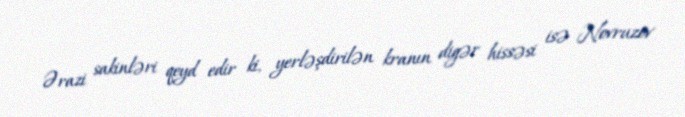
Ərazi sakinləri qeyd edir ki, yerləşdirilən kranın digər hissəsi isə Novruzov